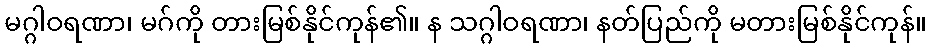
မဂ္ဂါဝရဏာ၊ မဂ်ကို တားမြစ်နိုင်ကုန်၏။ န သဂ္ဂါဝရဏာ၊ နတ်ပြည်ကို မတားမြစ်နိုင်ကုန်။